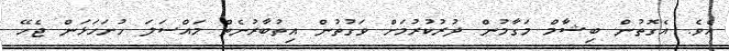
އެވެ. އެގޮތުން ބިޝާމް މަގާމުން ދުރުކުރުމަށް ވަގުތުން އިތުބާރުނެތް މައްސަލަ ހުށަހަޅަން ޖެހޭ